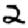
Digit: 2